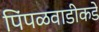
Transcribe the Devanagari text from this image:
पिंपळवाडीकडे